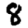
Digit: 8